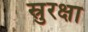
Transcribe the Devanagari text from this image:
स्रुरक्षा